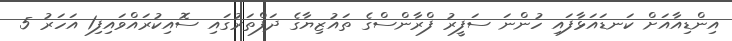
އިންޑިއާއަށް ކަނޑައަޅާފައި ހުންނަ ސަފީރު ފްރާންސްގެ ތައުޒިޔާގެ ދަފްތަރުގައި ސޮއިކުރައްވައިފި1 އަހަރު 5